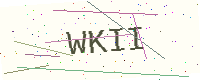
Text: WKII